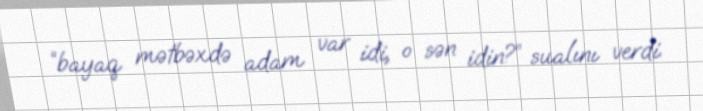
“bayaq mətbəxdə adam var idi, o sən idin?” sualını verdi.